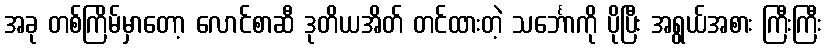
အခု တစ်ကြိမ်မှာတော့ လောင်စာဆီ ဒုတိယအိတ် တင်ထားတဲ့ သင်္ဘောကို ပိုပြီး အရွယ်အစား ကြီးကြီး